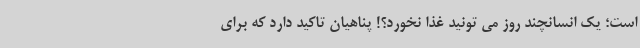
است؛ یک انسانچند روز می تونید غذا نخورد؟! پناهیان تاکید دارد که برای